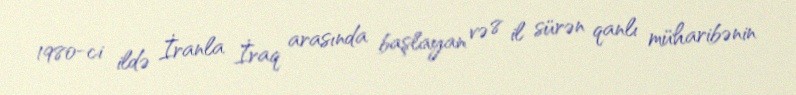
1980-ci ildə İranla İraq arasında başlayan və 8 il sürən qanlı müharibənin